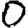
Digit: 0